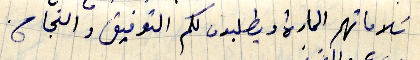
سلاماتهم الحارة ويطلبون لكم التوفيق والنجاح.